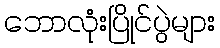
ဘောလုံးပြိုင်ပွဲများ